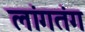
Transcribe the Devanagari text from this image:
लांगतंग